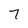
Character: 7